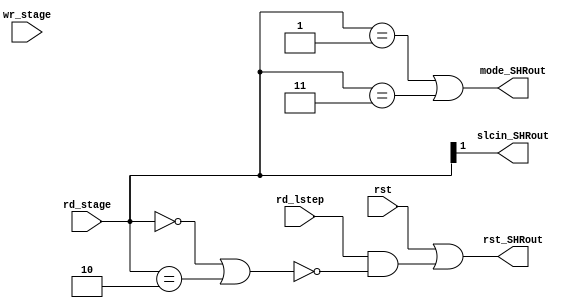
module control_SHRout(
         rd_stage,wr_stage,rd_lstep,rst,
         rst_SHRout,mode_SHRout,
         slcin_SHRout);
  input [3:0] rd_stage,wr_stage;
  input rd_lstep, rst;
  output rst_SHRout,mode_SHRout,slcin_SHRout;
  wire temp1;
  //below are the signal comninational logic
  //any unlisted conditions are considered as dont care 
  //combinational logic are calculated manually using karnaugh map
  //rst_SHRout > don't reset output register on 0'th and 2'nd stage
  assign temp1 = (rd_stage==4'd0) || (rd_stage==4'd2);
  assign rst_SHRout = rst || (rd_lstep && !temp1);
  //mode_SHRout > 0 indicating acumulation operation
  //              1 inidcating systolic operation
  //systolic operation on rd_stage=1 or 3
  //normal operation on other stages
  //(except 4th and 11th stage which actually dont care)
  assign mode_SHRout = (rd_stage==4'd1)||(rd_stage==4'd3);
  //slcin_SHRout > 0 if rd_stage=1; 1 if rd_stage = 3
  assign slcin_SHRout = rd_stage[1];
endmodule